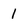
Character: l